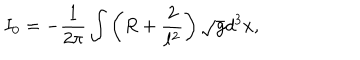
I _ { 0 } = - \frac { 1 } { 2 \pi } \int \left( R + \frac { 2 } { \ell ^ { 2 } } \right) \sqrt { g } d ^ { 3 } x ,